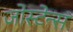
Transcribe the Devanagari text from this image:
जोस्टेन्स